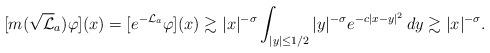
LaTeX: \begin{align*}[m(\sqrt \mathcal L_a)\varphi](x)= [e^{-\mathcal L_a}\varphi](x)\gtrsim |x|^{-\sigma} \int_{|y|\leq 1/2} |y|^{-\sigma} e^{-c|x-y|^2}\, dy\gtrsim |x|^{-\sigma}.\end{align*}